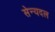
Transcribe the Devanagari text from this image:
सेन्यदल